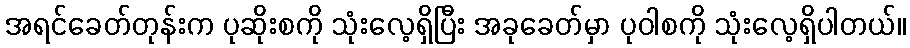
အရင်ခေတ်တုန်းက ပုဆိုးစကို သုံးလေ့ရှိပြီး အခုခေတ်မှာ ပုဝါစကို သုံးလေ့ရှိပါတယ်။